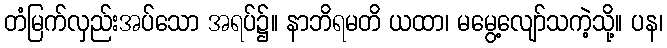
တံမြက်လှည်းအပ်သော အရပ်၌။ နာဘိရမတိ ယထာ၊ မမွေ့လျော်သကဲ့သို့။ ပန၊